Lunatic asylums Central Provinces reports 1886-1894 - 1886-1894
Year: 1886
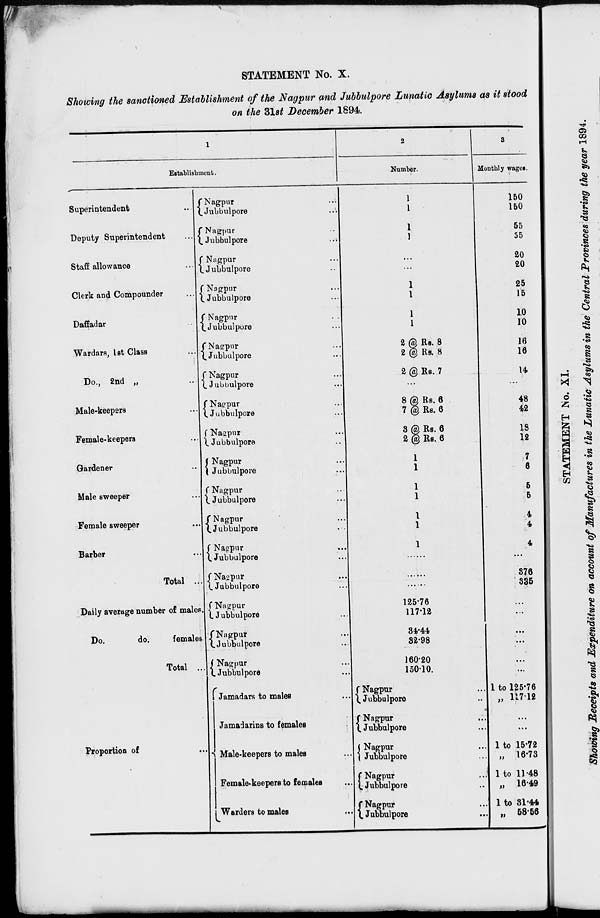
STATEMENT No. X.
Showing the sanctioned Establishment of the Nagpur and Jubbulpore Lunatic Asylums as it stood
on the 31st December 1894.
1
Establishment.
Superintendent
...
Deputy Superintendent
...
Staff allowance
...
Clerk and Compounder ...
Daffadar ...
Wardara, 1st Class
...
Do., 2nd „ ...
Male-keepers ...
Female-keepers
Gardener ...
Male sweeper ...
Female sweeper ...
Barber ... ...
Total ...
Daily average number of males.
Do.
do.
females
Total ...
Proportion of ...
Nagpur ...
Jubbulpore ...
Nagpur ...
Jubbulpore ...
Nagpur ...
Jubbulpore ...
Nagpur ...
Jubbulpore ...
Nagpur ...
Jubbulpore ...
Nagpur ...
Jubbulpore ...
Nagpur ...
Jubbulpore ...
Nagpur ...
Jubbulpore ...
Nagpur ...
Jubbulpore ...
Nagpur ...
Jubbulpore ...
Nagpur ...
Jubbulpore ...
Nagpur ...
Jubbulpore ...
Nagpur ...
Jubbulpore ...
Nagpur ...
Jubbulpore ...
Nagpur ...
Jubbulpore ...
Nagpur ...
Jubbulpore ...
Nagpur ...
Jubbulpore ...
Jamadars to males ...
Jamadarins to females ...
Male-keepers to males ...
Female-keepers to females ...
Warders to males ...
2
Number.
1
1
1
1
...
...
1
1
1
1
2 @ Rs. 8
2 @ Rs. 8
2 @ Rs. 7
...
8 @ Rs. 6
7 @ Rs. 6
3 @ Rs. 6
2 @ Rs. 6
1
1
1
1
1
1
1
......
......
......
125.76
117.12
34.44
32.98
160.20
150.10
Nagpur ...
Jubbulpore ...
Nagpur ...
Jubbulpore ...
Nagpur ...
Jubbulpore ...
Nagpur ...
Jubbulpore ...
Nagpur ...
Jubbulpore ...
3
Monthly wages.
150
150
55
55
20
20
25
15
10
10
16
16
14
...
48
42
18
12
7
6
5
5
4
4
4
...
376
335
...
...
...
...
...
...
1 to 125.76
„ 117.12
...
...
1 to 15.72
„ 16.73
1 to 11.48
„ 16.49
1 to 31.44
„ 58.56